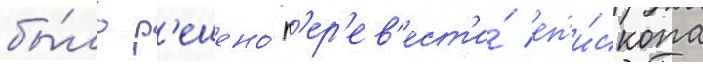
бы́ло р'ешено́ п'ер'ев'ест'и́ еп'и́скопа